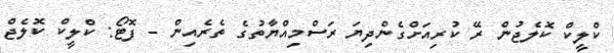
ކްލީކް ކޮލެޖުން ރޭ ކުރިއަށްގެންދިޔަ ރަސްމިއްޔާތުގެ ތެރެއިން - ފޮޓޯ: ކްލީކް ކޮލެޖް